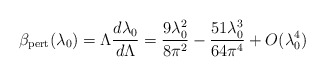
\begin{align*}\beta_{\mathrm{pert}}(\lambda_0)=\Lambda{{d\lambda_0}\over{d\Lambda}}={{9\lambda^2_0}\over{8\pi^2}}- {{51\lambda^3_0}\over{64\pi^4}}+O(\lambda^4_0)\end{align*}